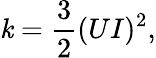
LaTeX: \mathit{k}={\frac{{3}}{{2}}}(UI)^{2},